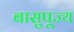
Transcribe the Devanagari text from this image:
बासुपूज्य